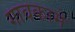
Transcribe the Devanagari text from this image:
गावकामे